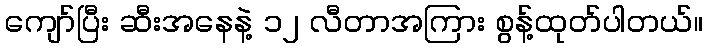
ကျော်ပြီး ဆီးအနေနဲ့ ၁၂ လီတာအကြား စွန့်ထုတ်ပါတယ်။